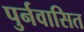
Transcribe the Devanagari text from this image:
पुर्नवासित